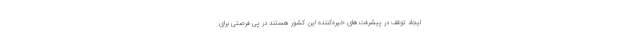
ایجاد توقف در پیشرفت‌های خیره‌کننده این کشور هستند در پی فرصتی برای